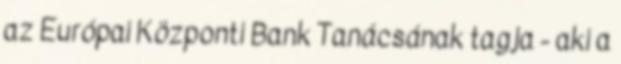
az Európai Központi Bank Tanácsának tagja - aki a